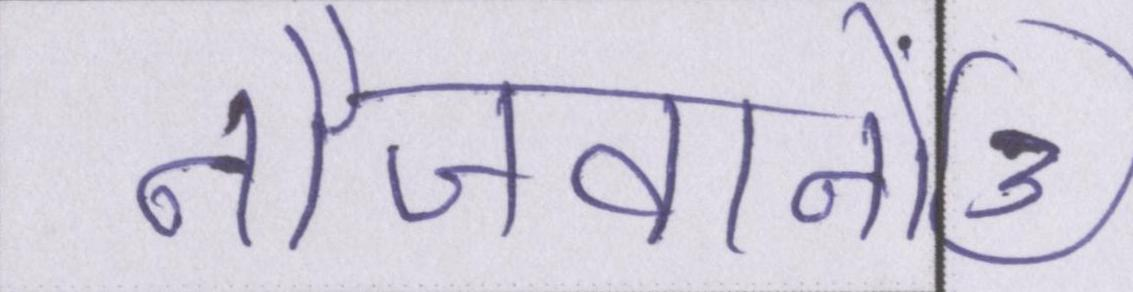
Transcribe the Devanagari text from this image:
नौजवानों